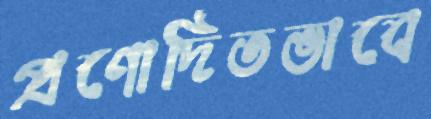
প্রণোদিতভাবে